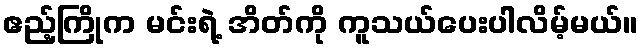
ဧည့်ကြိုက မင်းရဲ့ အိတ်ကို ကူသယ်ပေးပါလိမ့်မယ်။